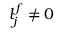
l _ { j } ^ { f } \ne 0